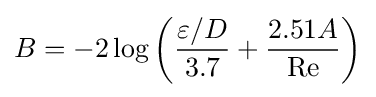
B=-2\log \left({\frac {\varepsilon /D}{3.7}}+{2.51A \over \mathrm {Re} }\right)